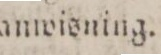
anwisning.